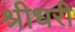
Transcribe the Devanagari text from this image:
श्रीधरी